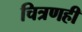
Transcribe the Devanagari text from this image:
चित्रणही